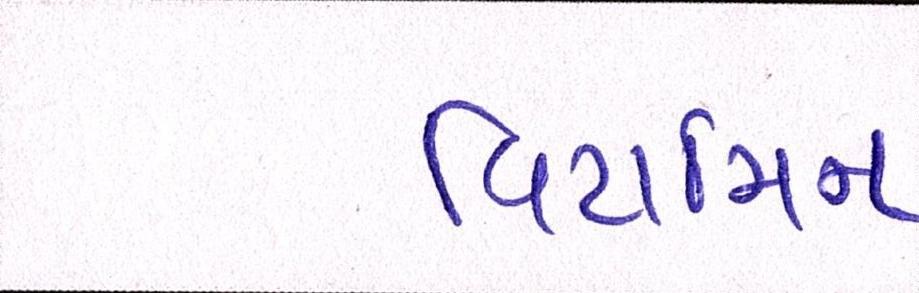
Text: વિટામિન